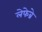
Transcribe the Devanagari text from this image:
लेफेब्रे